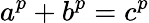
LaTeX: a^{p}+b^{p}=c^{p}